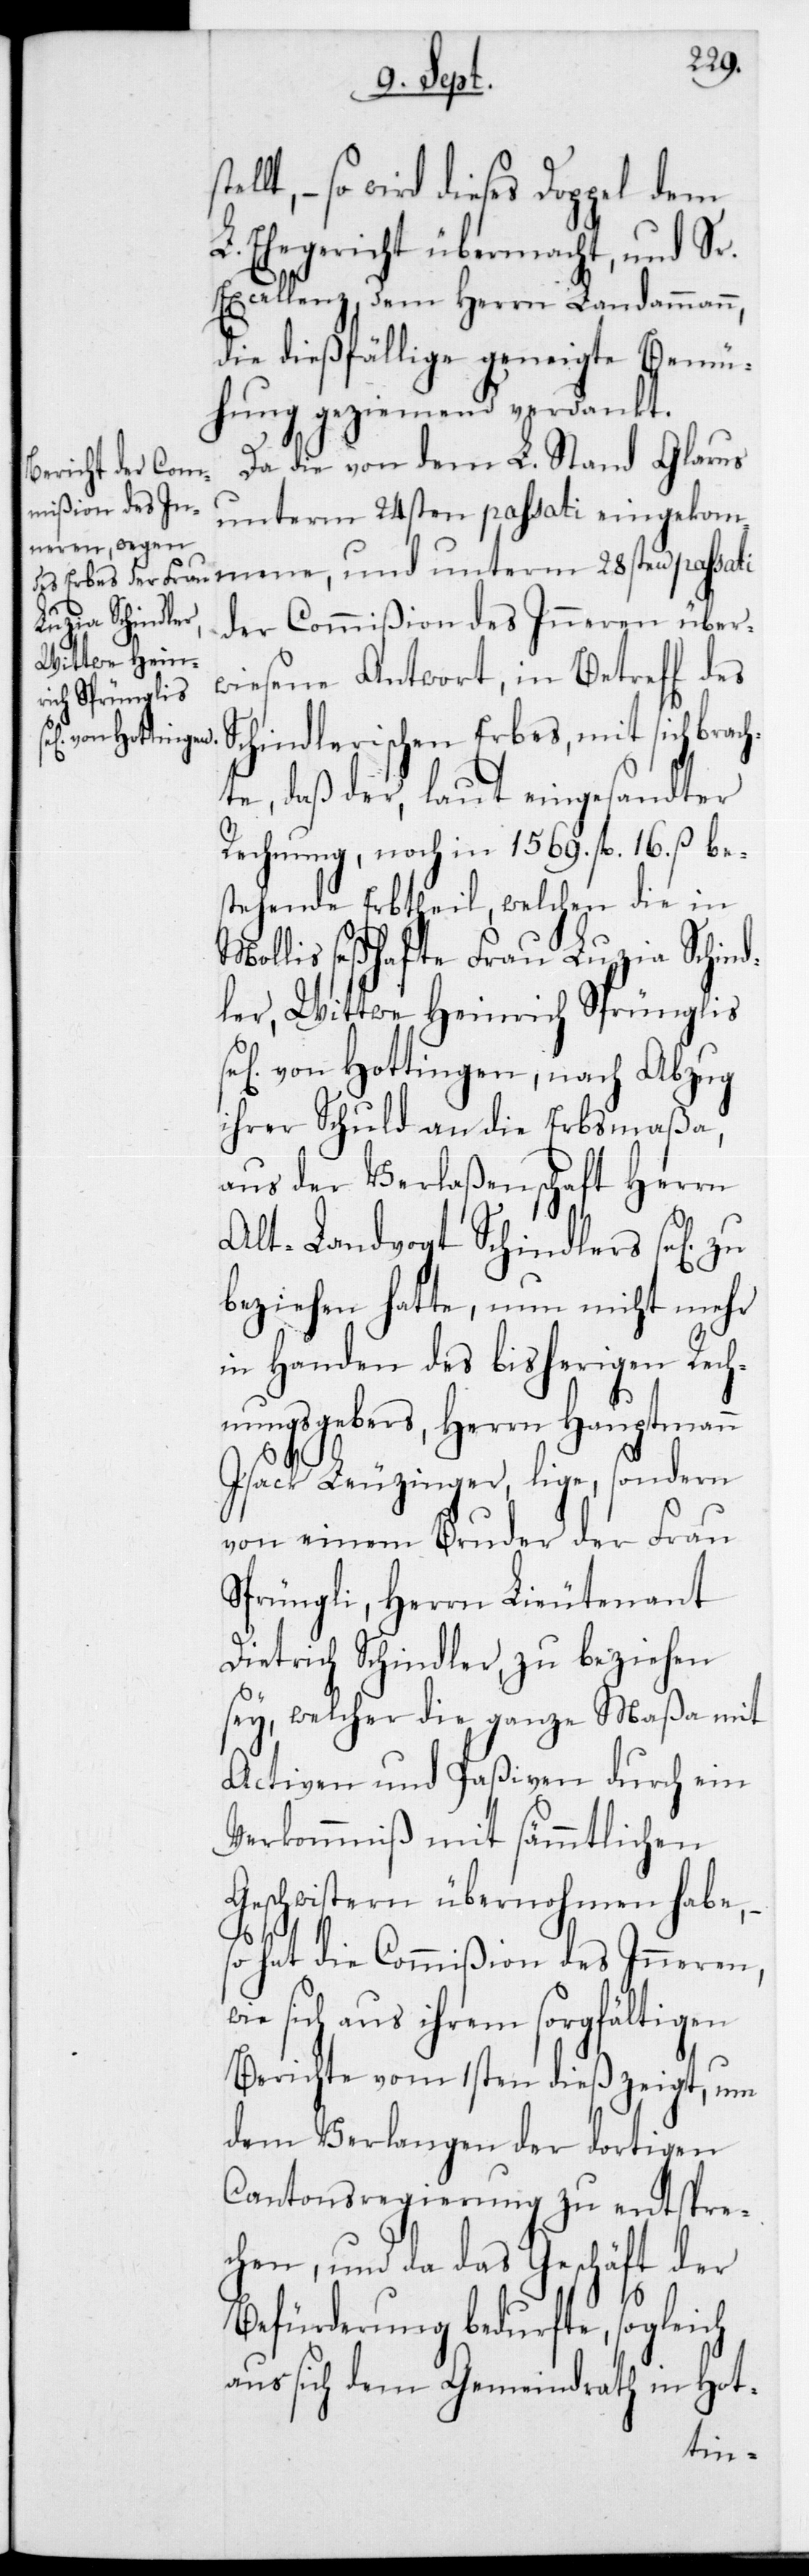
– so wird dieses Doppel dem
L. Ehegericht übermacht, und Sr.
Excellenz,dem Herrn Landammann,
die dießfällige geneigte Bemü¬
hung geziemend verdankt.
Da die von dem L. Stand Glarus
unterm 24sten passati eingekom¬
mene, und unterm 28sten passati
der Commißion des Inneren über¬
wiesene Antwort, in Betreff des
Schindlerischen Erbes, mit sich brach¬
te, daß der laut eingesandter
Rechnung, noch in 1569 fl. 16 ß be¬
stehende Erbtheil, welchen die in
Mollis seßhafte Frau Luzia Schind¬
ler, Wittwe Heinrich Sprünglis
von Hottingen, nach Abzug
ihrer Schuld an die Erbsmaßa,
aus der Verlaßenschaft Herrn
Alt-Landvogt Schindlers se[lig]
beziehen hatte, nun nicht mehr
in Handen des bisherigen Rech¬
nungsgebers, Herrn Hauptmann
Isack Leuzinger liege, sondern
von einem Bruder der Frau
Sprüngli, Herrn Lieutenant
Dietrich Schindler, zu beziehen
sey, welcher die ganze Maßa mit
Activen und Paßiven durch ein
Verkommniß mit sämmtlichen
Geschwistern übernohmen habe,
so hat die Commißion des Inneren,
e sich aus ihrem sorgfältigen
Berichte vom 1sten dieß zeigt, um
dem Verlangen der dortigen
Cantonsregierung zu entspre¬
chen, und da das Geschäft der
Befürderung bedurfte, sogleich
aus sich dem Gemeindrath in Hot-
wi¬